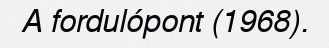
A fordulópont (1968).